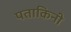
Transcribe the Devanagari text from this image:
पताकिनी